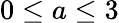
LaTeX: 0\leq a\leq 3